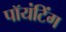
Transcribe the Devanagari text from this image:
पॉयंटिंग